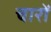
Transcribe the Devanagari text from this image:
चारों